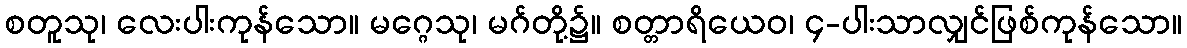
စတူသု၊ လေးပါးကုန်သော။ မဂ္ဂေသု၊ မဂ်တို့၌။ စတ္တာရိယေဝ၊ ၄-ပါးသာလျှင်ဖြစ်ကုန်သော။